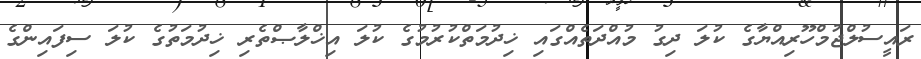
ރައީސުލްޖުމްހޫރިއްޔާގެ ކުލަ ދިގު މުއްދަތެއްގައި ޚިދުމަތްކުރުމުގެ ކުލަ އިޚްލާޞްތެރި ޚިދުމަތުގެ ކުލަ ސިފައިންގެ